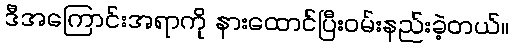
ဒီအကြောင်းအရာကို နားထောင်ပြီးဝမ်းနည်းခဲ့တယ်။